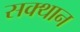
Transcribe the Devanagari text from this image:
सक्थान